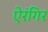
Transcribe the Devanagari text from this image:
ऐरंगिर